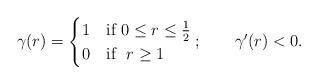
LaTeX: \begin{align*}\gamma(r)=\begin{cases}1 &\textrm{if}\,\,0\leq r\leq \frac 1 2\\0& \textrm{if\ \ } r\geq 1 \,\end{cases};\quad\quad\gamma'(r)<0.\end{align*}